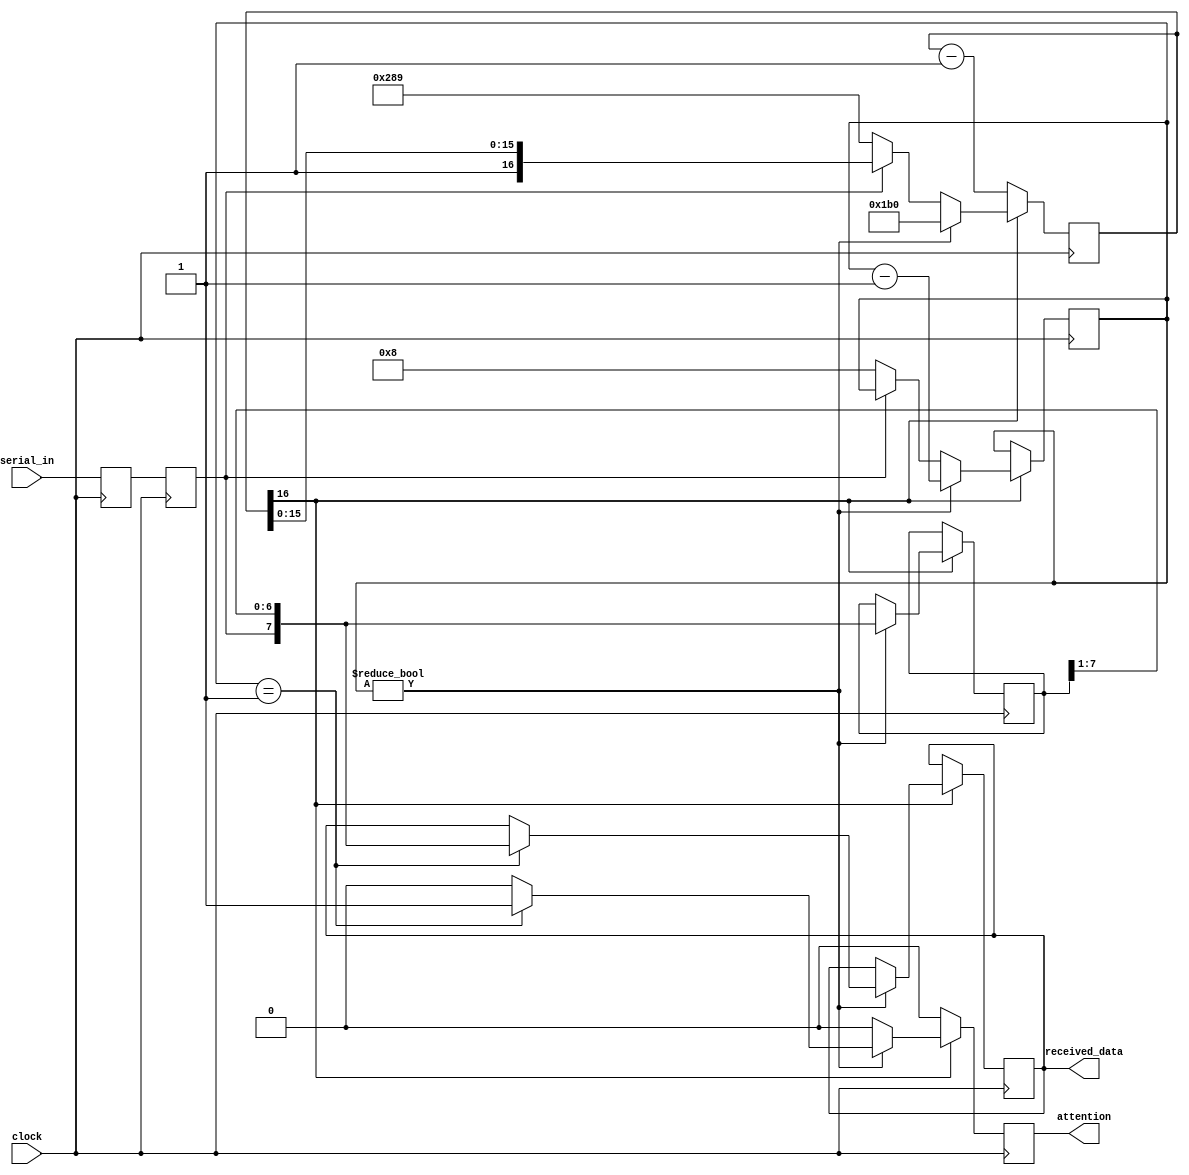
module rs232in
   (// Control
    input  wire        clock,

    // Serial line
    input  wire        serial_in,
    output reg         attention = 0,
    output reg   [7:0] received_data = 0);

   parameter           bps        =     57_600;
   parameter           frequency  = 25_000_000;
   parameter           period     = (frequency + bps/2) / bps;

   reg  [16:0] ttyclk       = 0;
   wire [31:0] ttyclk_bit   = period - 2;
   wire [31:0] ttyclk_start = (3 * period) / 2 - 2;
   reg  [ 7:0] shift_in     = 0;
   reg  [ 4:0] count        = 0;

   reg         rxd          = 0;
   reg         rxd2         = 0;

   /*
    * The theory: look for a negedge, then wait 1.5 bit period to skip
    * start bit and center in first bit.  Keep shifting bits until a full
    * byte is collected.
    *
    *        Start                        Stop
    * data   ~\__ B0 B1 B2 B3 B4 B5 B6 B7 ~~
    * count        8  7  6  5  4  3  2  1
    */
   always @(posedge clock) begin
      attention <= 0;

      // Get rid of meta stability.
      {rxd2,rxd} <= {rxd,serial_in};

      if (~ttyclk[16]) begin
         ttyclk <= ttyclk - 1'd1;
      end else if (count) begin
         if (count == 1) begin
            received_data <= {rxd2, shift_in[7:1]};
            attention     <= 1;
         end

         count       <= count - 1'd1;
         shift_in    <= {rxd2, shift_in[7:1]}; // Shift in from the left
         ttyclk      <= ttyclk_bit[16:0];
      end else if (~rxd2) begin
         // Just saw the negedge of the start bit
         ttyclk      <= ttyclk_start[16:0];
         count       <= 8;
      end
   end
endmodule